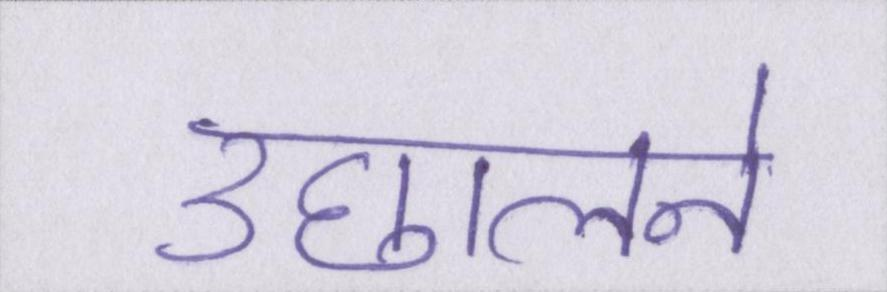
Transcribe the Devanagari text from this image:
उछालने